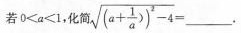
若0<a<1,化简 \sqrt {(a+\frac{1}{a})^2-4} = ___.